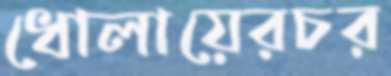
ধোলায়েরচর